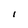
Character: I